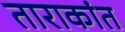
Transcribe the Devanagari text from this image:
ताराकांत